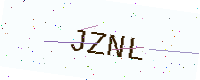
Text: JZNL